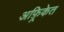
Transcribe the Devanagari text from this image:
अफ़्रिकेत